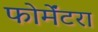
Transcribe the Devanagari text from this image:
फोर्मेंटरा